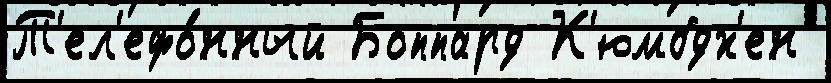
Т'ел'ефо́нный Боппард К'юмбдх'ен